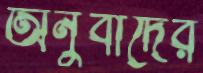
অনুবাদের